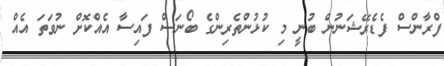
ފްރާންސް ފެޑެރޭޝަނުން ބުނީ މި ކުޅުންތެރިންގެ ބޯނަސް ފައިސާ އެއްކޮށް ނުވަތަ އެއް